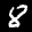
Digit: 8